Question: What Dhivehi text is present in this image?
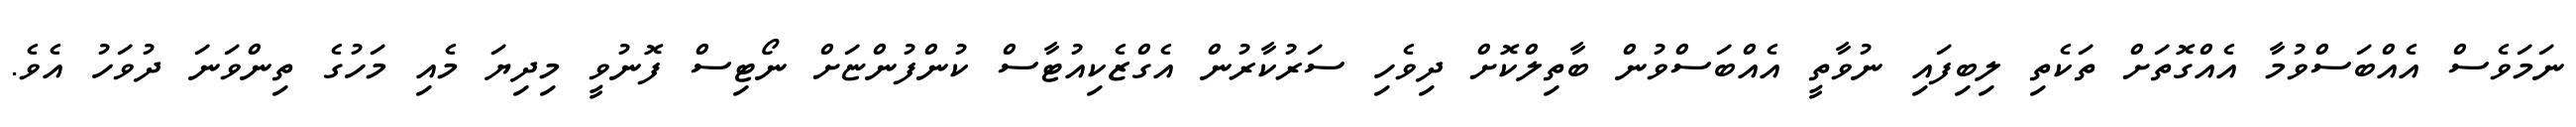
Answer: ނަމަވެސް އެއްބަސްވުމާ އެއްގޮތަށް ތަކެތި ލިބިފައި ނުވާތީ އެއްބަސްވުން ބާތިލްކޮށް ދިވެހި ސަރުކާރުން އެގްޒެކިއުޓާސް ކުންފުންޏަށް ނޯޓިސް ފޮނުވީ މިދިޔަ މެއި މަހުގެ ތިންވަނަ ދުވަހު އެވެ.